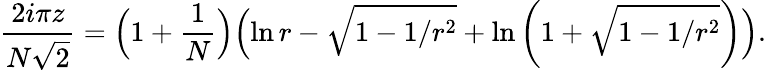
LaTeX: {\frac{2i\pi z}{N\sqrt{2}}}=\Bigl(1+{\frac{1}{N}}\Bigr)\Bigl(\ln r-\sqrt{1-1/r^{2}}+\ln\left(1+\sqrt{1-1/r^{2}}\right)\Bigr).